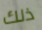
ذلك